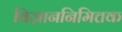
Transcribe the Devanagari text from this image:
विज्ञाननिमित्तक